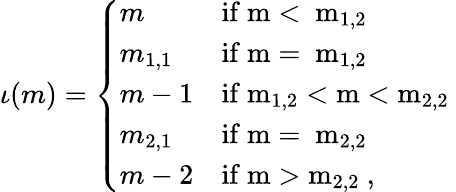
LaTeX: \iota(m)=\left\{ \begin{array}{ll}{m}&{\mathrm{if~m<~m_{1,2}~}}\\ {m_{1,1}}&{\mathrm{if~m=~m_{1,2}~}}\\ {m-1}&{\mathrm{if~m_{1,2}<m<m_{2,2}~}}\\ {m_{2,1}}&{\mathrm{if~m=~m_{2,2}~}}\\ {m-2}&{\mathrm{if~m>m_{2,2}~},}\end{array}\right.